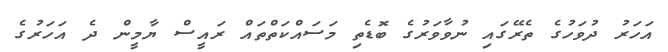
އަހަރު ދުވަހުގެ ތެރޭގައި ނުވާވަރުގެ ބޮޑެތި މަސައްކަތްތައް ރައީސް ޔާމީން ދެ އަހަރުގެ